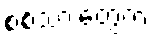
စစ်သားတွေက